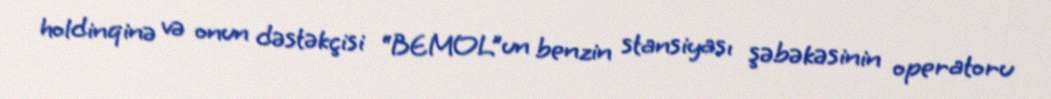
holdinqinə və onun dəstəkçisi “BEMOL”un benzin stansiyası şəbəkəsinin operatoru